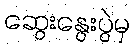
ဆွေးနွေးပွဲမှ